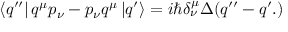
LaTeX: \left\langle q ^ { \prime \prime } \right| q ^ { \mu } p _ { \nu } - p _ { \nu } q ^ { \mu } \left| q ^ { \prime } \right\rangle = i \hbar \delta _ { \nu } ^ { \mu } \Delta ( q ^ { \prime \prime } - q ^ { \prime } . )